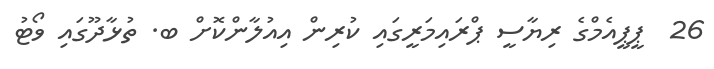
26  ޕީޕީއެމްގެ ރިޔާސީ ޕްރައިމަރީގައި ކުރިން އިއުލާންކޮށް ބ. ތުޅާދޫގައި ވޯޓު